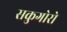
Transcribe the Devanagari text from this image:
सकुगोरो